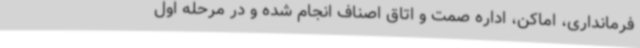
فرمانداری، اماکن، اداره صمت و اتاق اصناف انجام شده و در مرحله اول